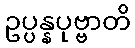
ဥပ္ပန္နပုဗ္ဗာတိ